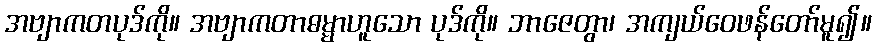
အဗျာကတပုဒ်ကို။ အဗျာကတာဓမ္မာဟူသော ပုဒ်ကို။ ဘာဇေတွာ၊ အကျယ်ဝေဖန်တော်မူ၍။